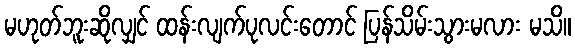
မဟုတ်ဘူးဆိုလျှင် ထန်းလျက်ပုလင်းတောင် ပြန်သိမ်းသွားမလား မသိ။